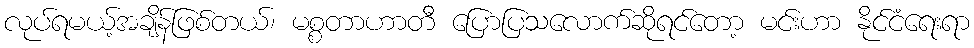
လုပ်ရမယ့်အချိန်ဖြစ်တယ်၊ မစ္စတာဟာတီ ပြောပြသလောက်ဆိုရင်တော့ မင်းဟာ နိုင်ငံရေးရာ